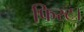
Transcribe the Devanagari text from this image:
फिस्ट।